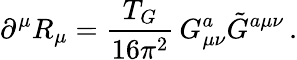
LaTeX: \partial^{\mu}R_{\mu}=\frac{T_{G}}{16\pi^{2}}\, G_{\mu\nu}^{a}\tilde{G}^{a\mu\nu}\, .